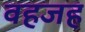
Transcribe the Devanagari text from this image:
वहजह